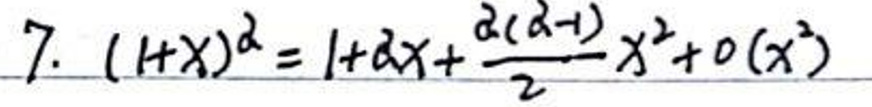
7. \((1 + x)^a = 1 + ax+\frac{a(a - 1)}{2}x^2+o(x^2)\)